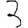
Digit: 3